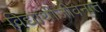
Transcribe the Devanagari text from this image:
विद्यार्थीजीवनात